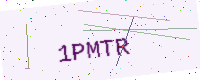
Text: 1PMTR